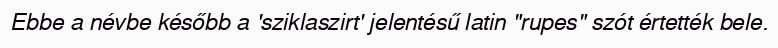
Ebbe a névbe később a 'sziklaszirt' jelentésű latin "rupes" szót értették bele.